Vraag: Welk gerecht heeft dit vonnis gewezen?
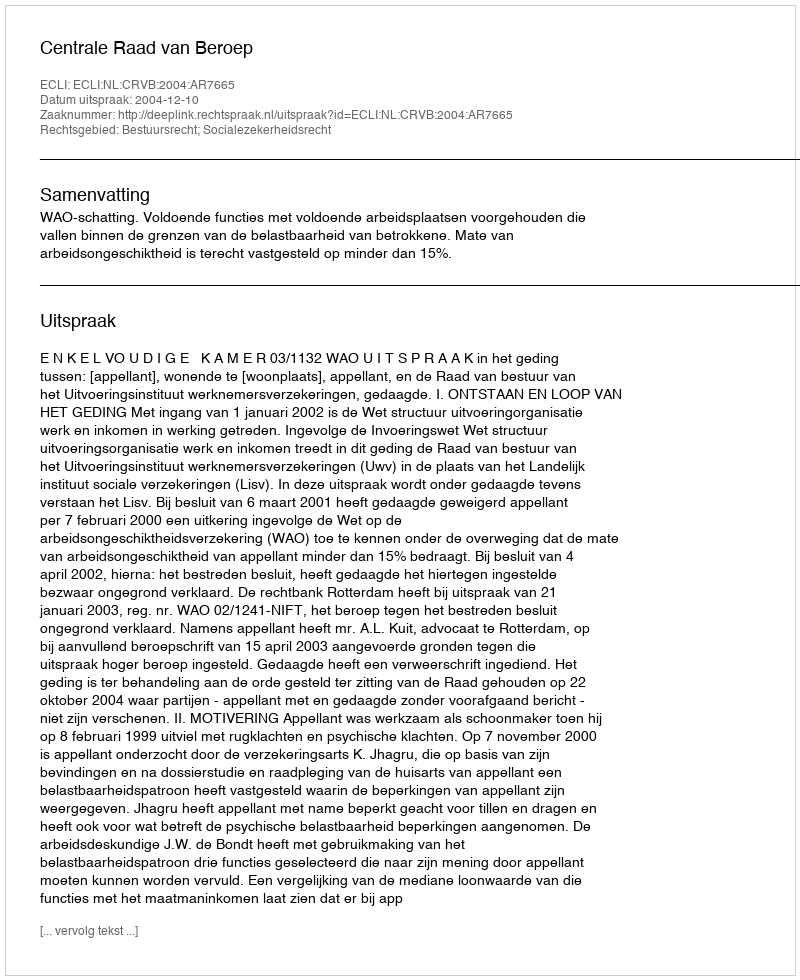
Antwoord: Centrale Raad van Beroep